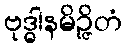
ဗုဒ္ဓါနမိဉ္ဇိတံ